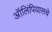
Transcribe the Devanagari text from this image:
ऑलिंपियासचे